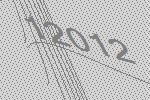
12012